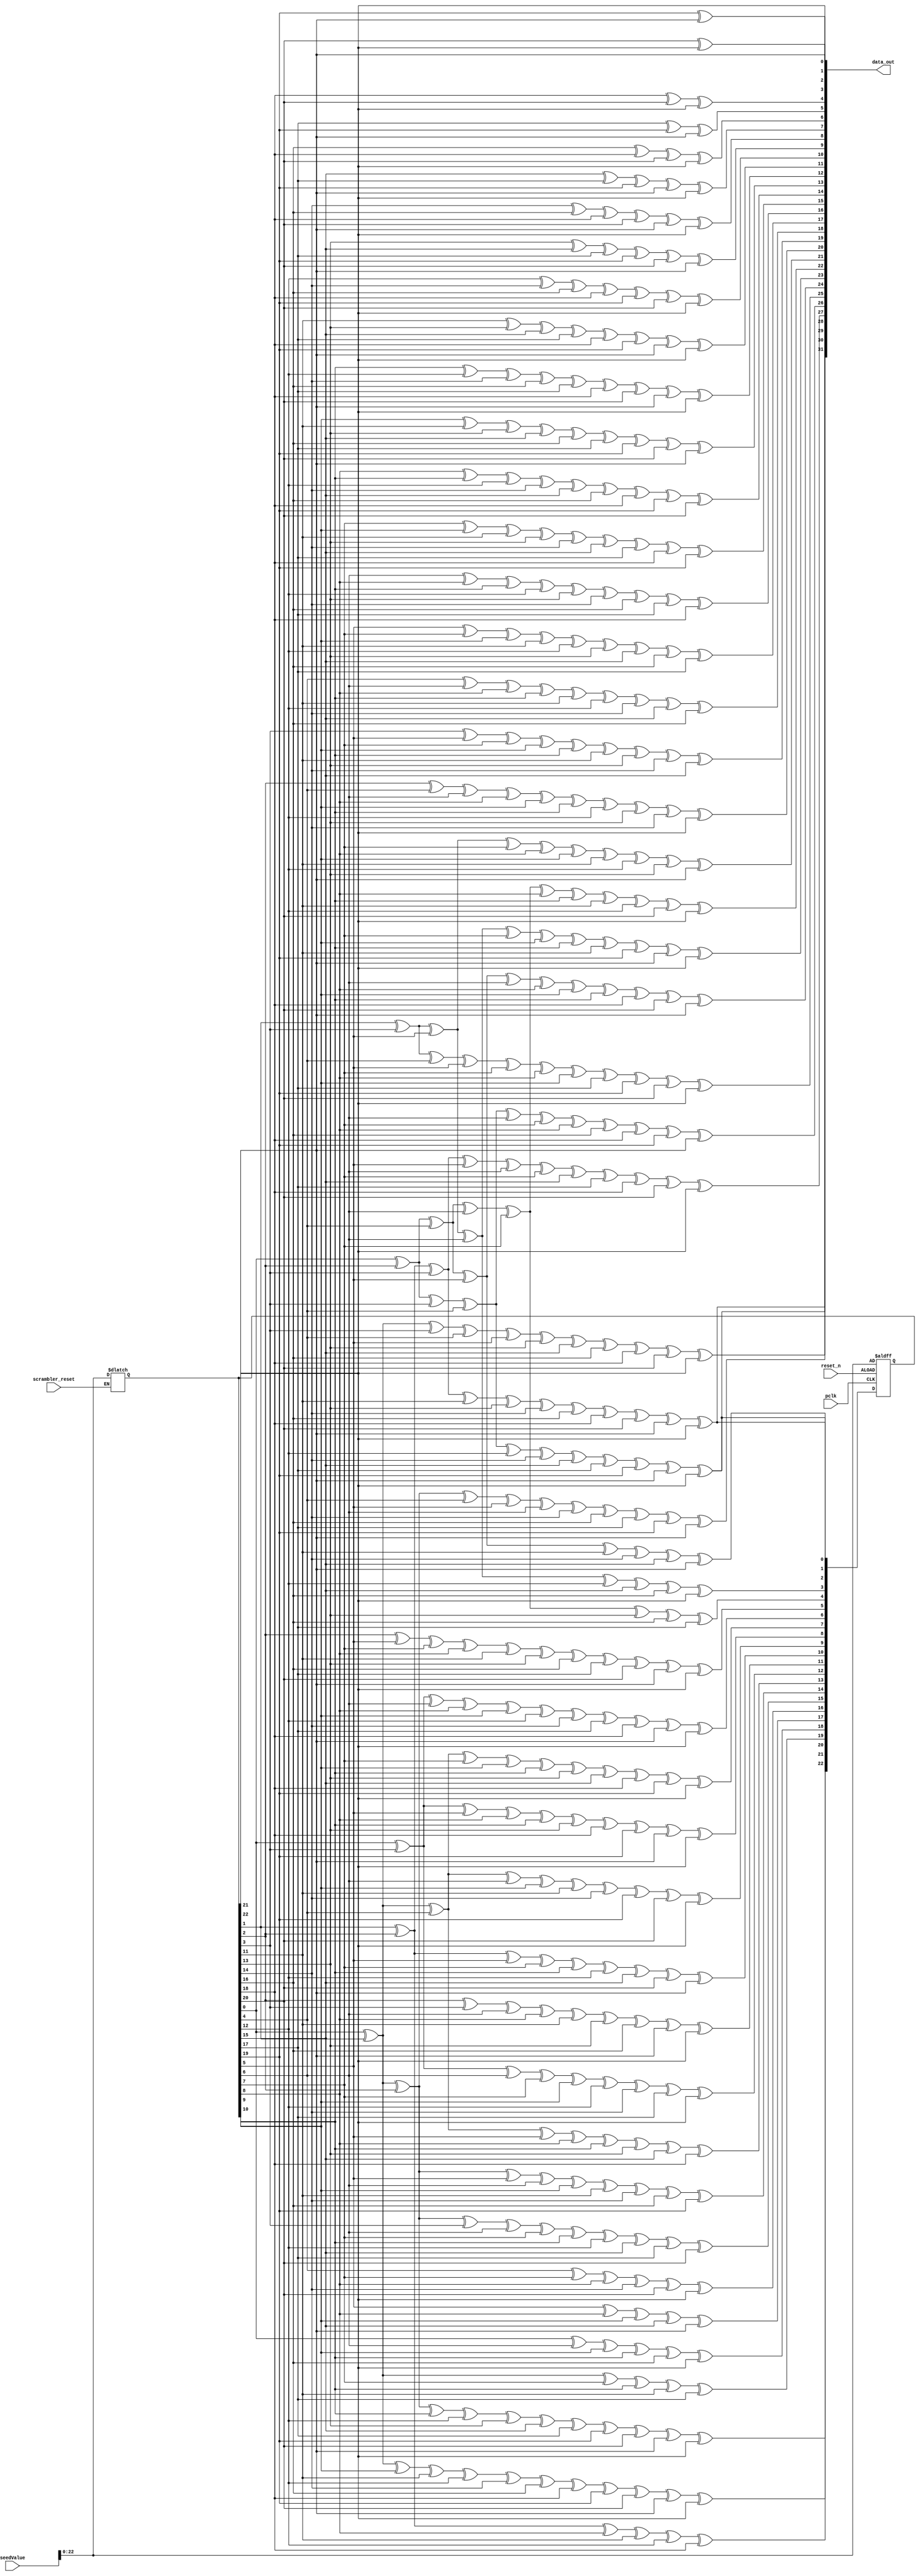
module LFSR_32_gen3(seedValue, scrambler_reset, reset_n, pclk, data_out);

  input [23:0] seedValue;
  input scrambler_reset, reset_n, pclk;
  
  output wire [31:0] data_out;

  reg [22:0] lfsr_q,lfsr_c;
  reg [31:0] data_c;

  always @(*) begin

    if(scrambler_reset)
       lfsr_q <= seedValue;

    lfsr_c[0] =  lfsr_q[1] ^ lfsr_q[2] ^ lfsr_q[3] ^ lfsr_q[11] ^ lfsr_q[13] ^ lfsr_q[14] ^ lfsr_q[16] ^ lfsr_q[18] ^ lfsr_q[20] ^ lfsr_q[21] ^ lfsr_q[22];
    lfsr_c[1] =  lfsr_q[0] ^ lfsr_q[2] ^ lfsr_q[3] ^  lfsr_q[4] ^ lfsr_q[12] ^ lfsr_q[14] ^ lfsr_q[15] ^ lfsr_q[17] ^ lfsr_q[19] ^ lfsr_q[21] ^ lfsr_q[22];
    lfsr_c[2] =  lfsr_q[0] ^ lfsr_q[2] ^ lfsr_q[4] ^  lfsr_q[5] ^ lfsr_q[11] ^ lfsr_q[14] ^ lfsr_q[15] ^ lfsr_q[21];
    lfsr_c[3] =  lfsr_q[1] ^ lfsr_q[3] ^ lfsr_q[5] ^  lfsr_q[6] ^ lfsr_q[12] ^ lfsr_q[15] ^ lfsr_q[16] ^ lfsr_q[22];
    lfsr_c[4] =  lfsr_q[0] ^ lfsr_q[2] ^ lfsr_q[4] ^  lfsr_q[6] ^  lfsr_q[7] ^ lfsr_q[13] ^ lfsr_q[16] ^ lfsr_q[17];
    lfsr_c[5] =  lfsr_q[2] ^ lfsr_q[5] ^ lfsr_q[7] ^  lfsr_q[8] ^ lfsr_q[11] ^ lfsr_q[13] ^ lfsr_q[16] ^ lfsr_q[17] ^ lfsr_q[20] ^ lfsr_q[21] ^ lfsr_q[22];
    lfsr_c[6] =  lfsr_q[0] ^ lfsr_q[3] ^ lfsr_q[6] ^  lfsr_q[8] ^  lfsr_q[9] ^ lfsr_q[12] ^ lfsr_q[14] ^ lfsr_q[17] ^ lfsr_q[18] ^ lfsr_q[21] ^ lfsr_q[22];
    lfsr_c[7] =  lfsr_q[0] ^ lfsr_q[1] ^ lfsr_q[4] ^  lfsr_q[7] ^  lfsr_q[9] ^ lfsr_q[10] ^ lfsr_q[13] ^ lfsr_q[15] ^ lfsr_q[18] ^ lfsr_q[19] ^ lfsr_q[22];
    lfsr_c[8] =  lfsr_q[0] ^ lfsr_q[3] ^ lfsr_q[5] ^  lfsr_q[8] ^ lfsr_q[10] ^ lfsr_q[13] ^ lfsr_q[18] ^ lfsr_q[19] ^ lfsr_q[21] ^ lfsr_q[22];
    lfsr_c[9] =  lfsr_q[0] ^ lfsr_q[1] ^ lfsr_q[4] ^  lfsr_q[6] ^  lfsr_q[9] ^ lfsr_q[11] ^ lfsr_q[14] ^ lfsr_q[19] ^ lfsr_q[20] ^ lfsr_q[22];
    lfsr_c[10] = lfsr_q[1] ^ lfsr_q[2] ^ lfsr_q[5] ^  lfsr_q[7] ^ lfsr_q[10] ^ lfsr_q[12] ^ lfsr_q[15] ^ lfsr_q[20] ^ lfsr_q[21];
    lfsr_c[11] = lfsr_q[2] ^ lfsr_q[3] ^ lfsr_q[6] ^  lfsr_q[8] ^ lfsr_q[11] ^ lfsr_q[13] ^ lfsr_q[16] ^ lfsr_q[21] ^ lfsr_q[22];
    lfsr_c[12] = lfsr_q[0] ^ lfsr_q[3] ^ lfsr_q[4] ^  lfsr_q[7] ^  lfsr_q[9] ^ lfsr_q[12] ^ lfsr_q[14] ^ lfsr_q[17] ^ lfsr_q[22];
    lfsr_c[13] = lfsr_q[0] ^ lfsr_q[1] ^ lfsr_q[4] ^  lfsr_q[5] ^  lfsr_q[8] ^ lfsr_q[10] ^ lfsr_q[13] ^ lfsr_q[15] ^ lfsr_q[18];
    lfsr_c[14] = lfsr_q[0] ^ lfsr_q[1] ^ lfsr_q[2] ^  lfsr_q[5] ^  lfsr_q[6] ^  lfsr_q[9] ^ lfsr_q[11] ^ lfsr_q[14] ^ lfsr_q[16] ^ lfsr_q[19];
    lfsr_c[15] = lfsr_q[0] ^ lfsr_q[1] ^ lfsr_q[2] ^  lfsr_q[3] ^  lfsr_q[6] ^  lfsr_q[7] ^ lfsr_q[10] ^ lfsr_q[12] ^ lfsr_q[15] ^ lfsr_q[17] ^ lfsr_q[20];
    lfsr_c[16] = lfsr_q[4] ^ lfsr_q[7] ^ lfsr_q[8] ^ lfsr_q[14] ^ lfsr_q[20] ^ lfsr_q[22];
    lfsr_c[17] = lfsr_q[5] ^ lfsr_q[8] ^ lfsr_q[9] ^ lfsr_q[15] ^ lfsr_q[21];
    lfsr_c[18] = lfsr_q[0] ^ lfsr_q[6] ^ lfsr_q[9] ^ lfsr_q[10] ^ lfsr_q[16] ^ lfsr_q[22];
    lfsr_c[19] = lfsr_q[0] ^ lfsr_q[1] ^ lfsr_q[7] ^ lfsr_q[10] ^ lfsr_q[11] ^ lfsr_q[17];
    lfsr_c[20] = lfsr_q[1] ^ lfsr_q[2] ^ lfsr_q[8] ^ lfsr_q[11] ^ lfsr_q[12] ^ lfsr_q[18];
    lfsr_c[21] = lfsr_q[0] ^ lfsr_q[1] ^ lfsr_q[9] ^ lfsr_q[11] ^ lfsr_q[12] ^ lfsr_q[14] ^ lfsr_q[16] ^ lfsr_q[18] ^ lfsr_q[19] ^ lfsr_q[20] ^ lfsr_q[21] ^ lfsr_q[22];
    lfsr_c[22] = lfsr_q[0] ^ lfsr_q[1] ^ lfsr_q[2] ^ lfsr_q[10] ^ lfsr_q[12] ^ lfsr_q[13] ^ lfsr_q[15] ^ lfsr_q[17] ^ lfsr_q[19] ^ lfsr_q[20] ^ lfsr_q[21] ^ lfsr_q[22];

    data_c[0] =  lfsr_q[22];
    data_c[1] =  lfsr_q[21];
    data_c[2] =  lfsr_q[20] ^ lfsr_q[22];
    data_c[3] =  lfsr_q[19] ^ lfsr_q[21];
    data_c[4] =  lfsr_q[18] ^ lfsr_q[20] ^ lfsr_q[22];
    data_c[5] =  lfsr_q[17] ^ lfsr_q[19] ^ lfsr_q[21];
    data_c[6] =  lfsr_q[16] ^ lfsr_q[18] ^ lfsr_q[20] ^ lfsr_q[22];
    data_c[7] =  lfsr_q[15] ^ lfsr_q[17] ^ lfsr_q[19] ^ lfsr_q[21] ^ lfsr_q[22];
    data_c[8] =  lfsr_q[14] ^ lfsr_q[16] ^ lfsr_q[18] ^ lfsr_q[20] ^ lfsr_q[21] ^ lfsr_q[22];
    data_c[9] =  lfsr_q[13] ^ lfsr_q[15] ^ lfsr_q[17] ^ lfsr_q[19] ^ lfsr_q[20] ^ lfsr_q[21];
    data_c[10] = lfsr_q[12] ^ lfsr_q[14] ^ lfsr_q[16] ^ lfsr_q[18] ^ lfsr_q[19] ^ lfsr_q[20] ^ lfsr_q[22];
    data_c[11] = lfsr_q[11] ^ lfsr_q[13] ^ lfsr_q[15] ^ lfsr_q[17] ^ lfsr_q[18] ^ lfsr_q[19] ^ lfsr_q[21] ^ lfsr_q[22];
    data_c[12] = lfsr_q[10] ^ lfsr_q[12] ^ lfsr_q[14] ^ lfsr_q[16] ^ lfsr_q[17] ^ lfsr_q[18] ^ lfsr_q[20] ^ lfsr_q[21] ^ lfsr_q[22];
    data_c[13] =  lfsr_q[9] ^ lfsr_q[11] ^ lfsr_q[13] ^ lfsr_q[15] ^ lfsr_q[16] ^ lfsr_q[17] ^ lfsr_q[19] ^ lfsr_q[20] ^ lfsr_q[21];
    data_c[14] =  lfsr_q[8] ^ lfsr_q[10] ^ lfsr_q[12] ^ lfsr_q[14] ^ lfsr_q[15] ^ lfsr_q[16] ^ lfsr_q[18] ^ lfsr_q[19] ^ lfsr_q[20];
    data_c[15] =  lfsr_q[7] ^  lfsr_q[9] ^ lfsr_q[11] ^ lfsr_q[13] ^ lfsr_q[14] ^ lfsr_q[15] ^ lfsr_q[17] ^ lfsr_q[18] ^ lfsr_q[19];
    data_c[16] =  lfsr_q[6] ^  lfsr_q[8] ^ lfsr_q[10] ^ lfsr_q[12] ^ lfsr_q[13] ^ lfsr_q[14] ^ lfsr_q[16] ^ lfsr_q[17] ^ lfsr_q[18];
    data_c[17] =  lfsr_q[5] ^  lfsr_q[7] ^  lfsr_q[9] ^ lfsr_q[11] ^ lfsr_q[12] ^ lfsr_q[13] ^ lfsr_q[15] ^ lfsr_q[16] ^ lfsr_q[17];
    data_c[18] =  lfsr_q[4] ^  lfsr_q[6] ^  lfsr_q[8] ^ lfsr_q[10] ^ lfsr_q[11] ^ lfsr_q[12] ^ lfsr_q[14] ^ lfsr_q[15] ^ lfsr_q[16];
    data_c[19] =  lfsr_q[3] ^  lfsr_q[5] ^  lfsr_q[7] ^  lfsr_q[9] ^ lfsr_q[10] ^ lfsr_q[11] ^ lfsr_q[13] ^ lfsr_q[14] ^ lfsr_q[15];
    data_c[20] =  lfsr_q[2] ^  lfsr_q[4] ^  lfsr_q[6] ^  lfsr_q[8] ^  lfsr_q[9] ^ lfsr_q[10] ^ lfsr_q[12] ^ lfsr_q[13] ^ lfsr_q[14] ^ lfsr_q[22];
    data_c[21] =  lfsr_q[1] ^  lfsr_q[3] ^  lfsr_q[5] ^  lfsr_q[7] ^  lfsr_q[8] ^  lfsr_q[9] ^ lfsr_q[11] ^ lfsr_q[12] ^ lfsr_q[13] ^ lfsr_q[21];
    data_c[22] =  lfsr_q[0] ^  lfsr_q[2] ^  lfsr_q[4] ^  lfsr_q[6] ^  lfsr_q[7] ^  lfsr_q[8] ^ lfsr_q[10] ^ lfsr_q[11] ^ lfsr_q[12] ^ lfsr_q[20] ^ lfsr_q[22];
    data_c[23] =  lfsr_q[1] ^  lfsr_q[3] ^  lfsr_q[5] ^  lfsr_q[6] ^  lfsr_q[7] ^  lfsr_q[9] ^ lfsr_q[10] ^ lfsr_q[11] ^ lfsr_q[19] ^ lfsr_q[21] ^ lfsr_q[22];
    data_c[24] =  lfsr_q[0] ^  lfsr_q[2] ^  lfsr_q[4] ^  lfsr_q[5] ^  lfsr_q[6] ^  lfsr_q[8] ^  lfsr_q[9] ^ lfsr_q[10] ^ lfsr_q[18] ^ lfsr_q[20] ^ lfsr_q[21];
    data_c[25] =  lfsr_q[1] ^  lfsr_q[3] ^  lfsr_q[4] ^  lfsr_q[5] ^  lfsr_q[7] ^  lfsr_q[8] ^  lfsr_q[9] ^ lfsr_q[17] ^ lfsr_q[19] ^ lfsr_q[20] ^ lfsr_q[22];
    data_c[26] =  lfsr_q[0] ^  lfsr_q[2] ^  lfsr_q[3] ^  lfsr_q[4] ^  lfsr_q[6] ^  lfsr_q[7] ^  lfsr_q[8] ^ lfsr_q[16] ^ lfsr_q[18] ^ lfsr_q[19] ^ lfsr_q[21];
    data_c[27] =  lfsr_q[1] ^  lfsr_q[2] ^  lfsr_q[3] ^  lfsr_q[5] ^  lfsr_q[6] ^  lfsr_q[7] ^ lfsr_q[15] ^ lfsr_q[17] ^ lfsr_q[18] ^ lfsr_q[20] ^ lfsr_q[22];
    data_c[28] =  lfsr_q[0] ^  lfsr_q[1] ^  lfsr_q[2] ^  lfsr_q[4] ^  lfsr_q[5] ^  lfsr_q[6] ^ lfsr_q[14] ^ lfsr_q[16] ^ lfsr_q[17] ^ lfsr_q[19] ^ lfsr_q[21];
    data_c[29] =  lfsr_q[0] ^  lfsr_q[1] ^  lfsr_q[3] ^  lfsr_q[4] ^  lfsr_q[5] ^ lfsr_q[13] ^ lfsr_q[15] ^ lfsr_q[16] ^ lfsr_q[18] ^ lfsr_q[20] ^ lfsr_q[22];
    data_c[30] =  lfsr_q[0] ^  lfsr_q[2] ^  lfsr_q[3] ^  lfsr_q[4] ^ lfsr_q[12] ^ lfsr_q[14] ^ lfsr_q[15] ^ lfsr_q[17] ^ lfsr_q[19] ^ lfsr_q[21] ^ lfsr_q[22];
    data_c[31] =  lfsr_q[1] ^  lfsr_q[2] ^  lfsr_q[3] ^ lfsr_q[11] ^ lfsr_q[13] ^ lfsr_q[14] ^ lfsr_q[16] ^ lfsr_q[18] ^ lfsr_q[20] ^ lfsr_q[21] ^ lfsr_q[22];
  end

  always @(posedge pclk or negedge reset_n) begin

    if(~reset_n) 
      lfsr_q <= seedValue; 
    else
      lfsr_q <= lfsr_c ;

  end

  assign data_out = data_c;

endmodule